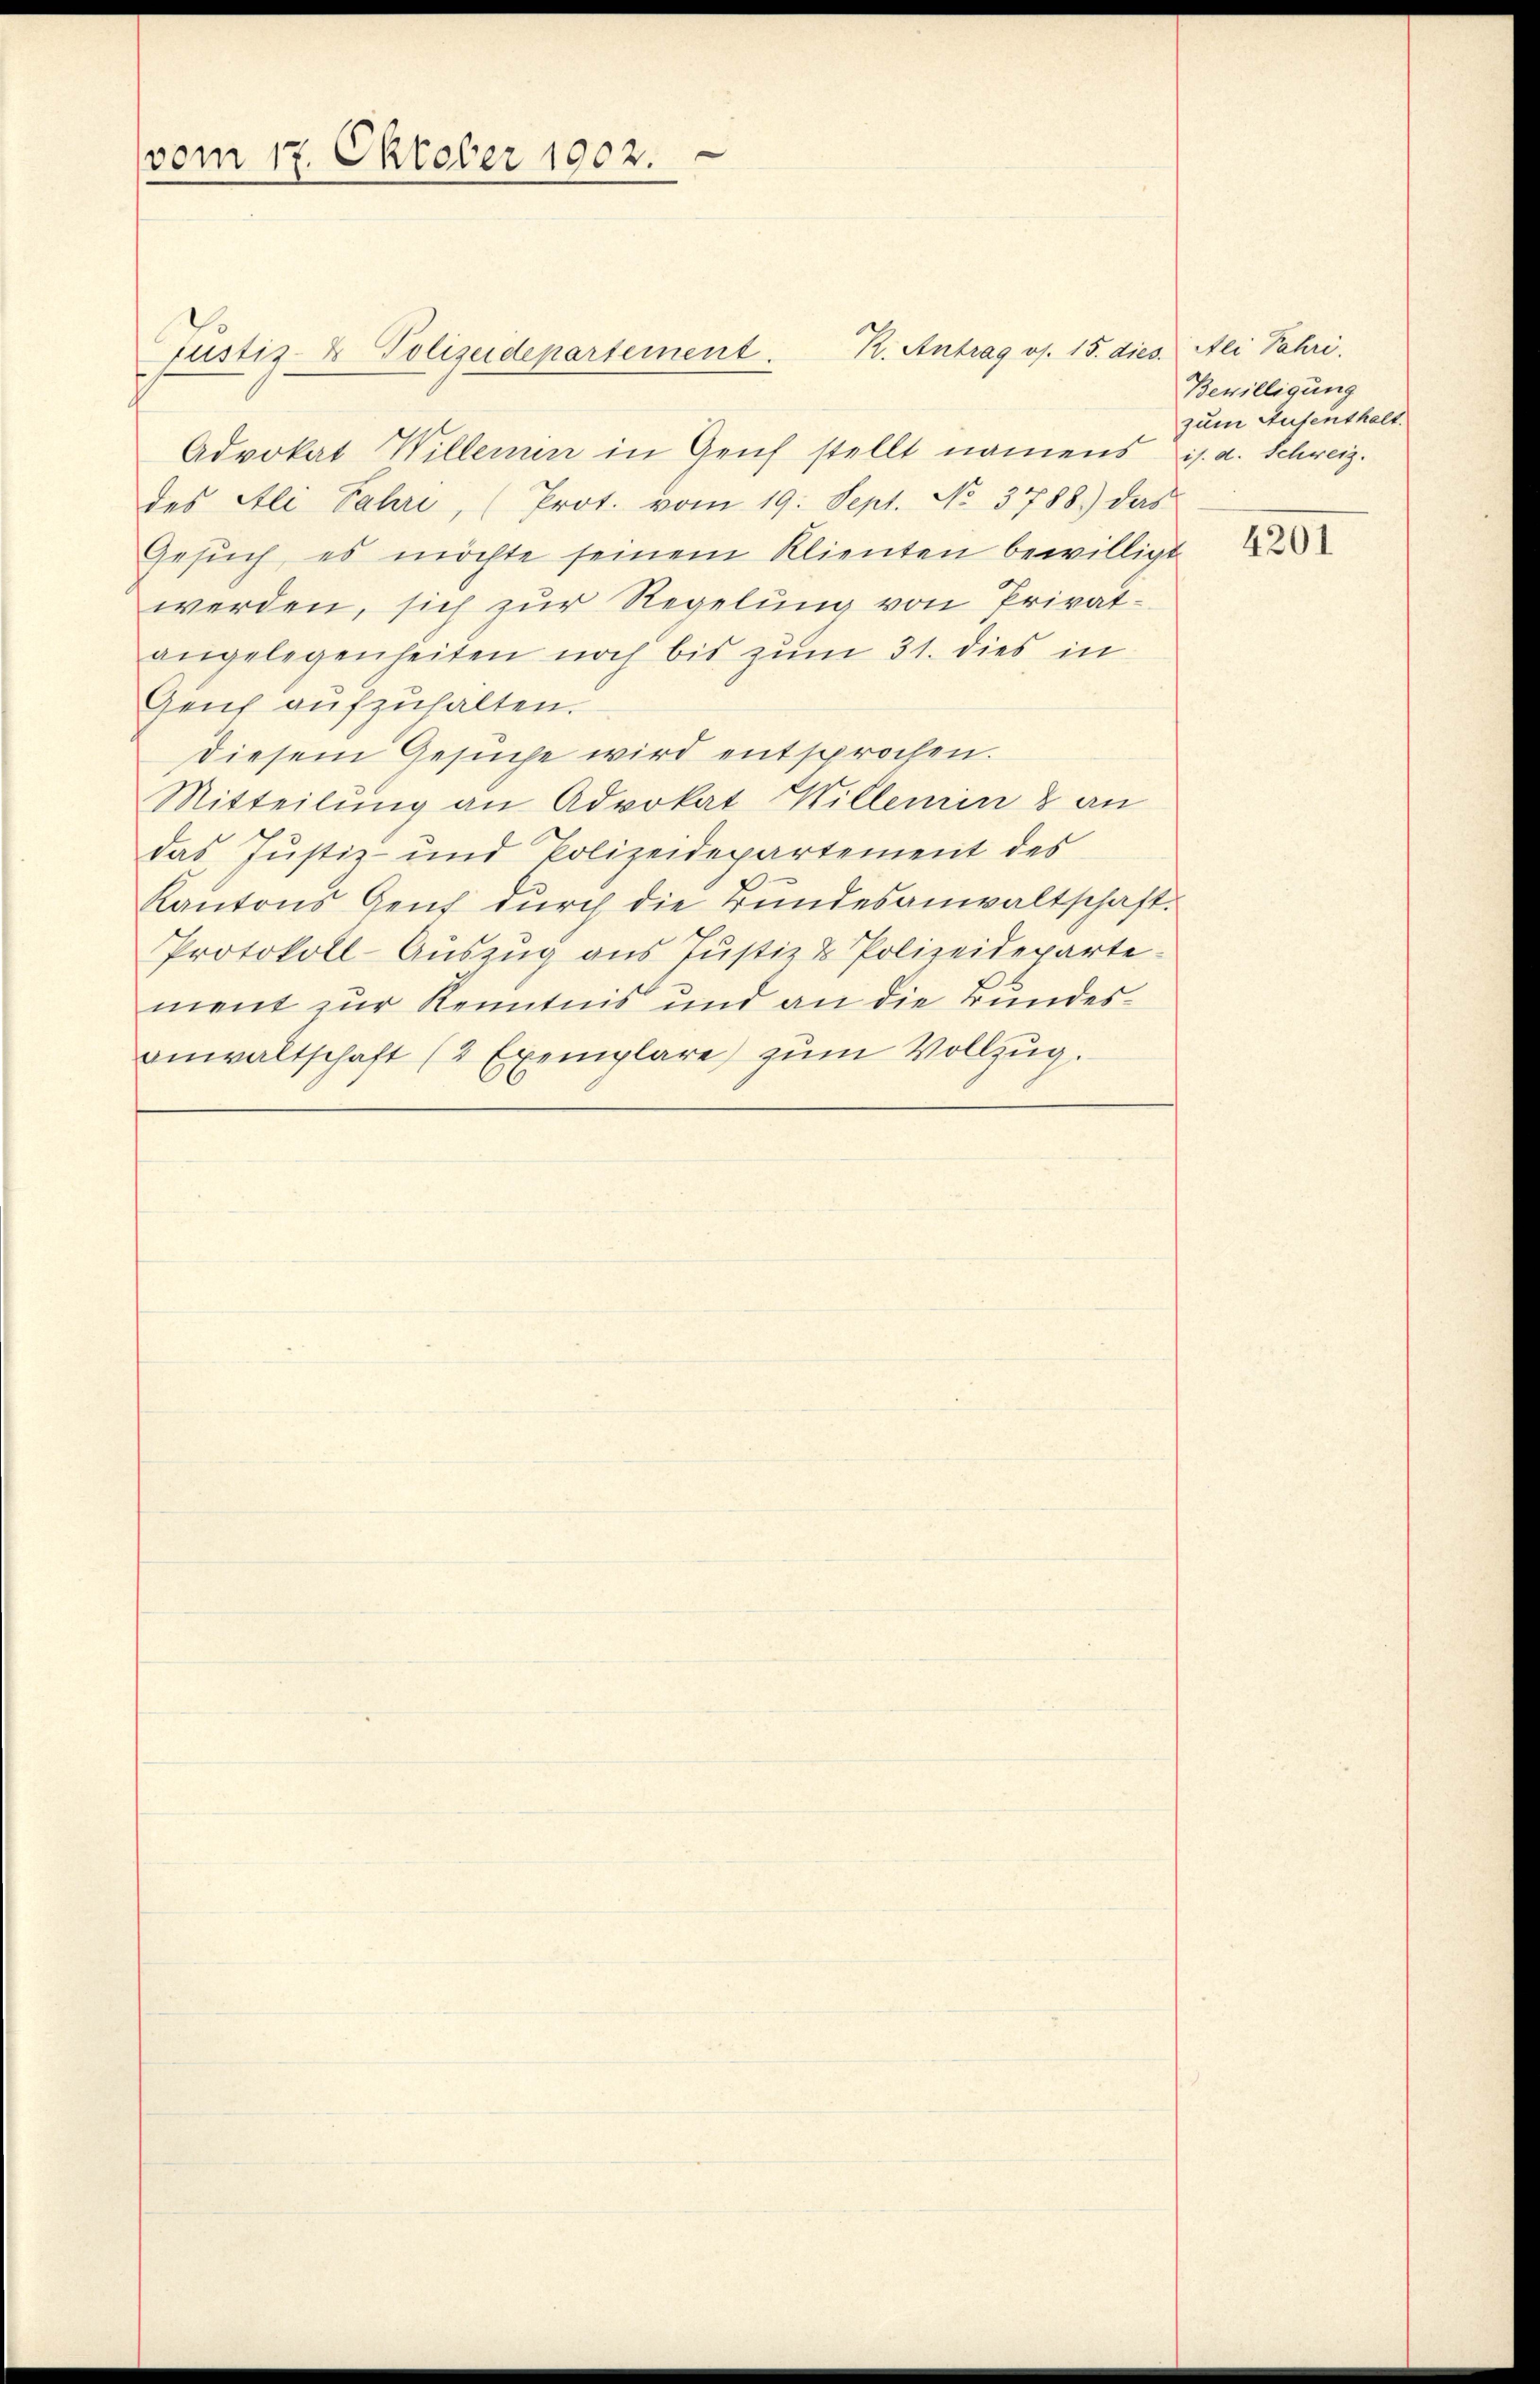
vom 17. Oktober 1902.

Advokat Willerin in Genf stellt namens s. d. Schweiz.
des Ali Fahri, (Prot. vom 19. Sept. No. 3788.) das
Gesŭch, es möchte seinem Klienten bewilligt
werden, sich zur Regelung von Privatangelegenheiten noch bis zum 31. dies in
Zeich aufzuhalten.
diesem Gesuche wird entsprochen.
Mitteilung an Advokat Willenin & an
das Justiz- und Polizeidepartement des
Kantons Genf durch die Bundesanwaltschaft.
Protokoll-Auszug aus Justiz & Polizeidepartement zur Kenntnis und an die Bundesanwaltschaft (2 Exemplare zum Vollzug.

Justiz- & Polizeidepartement.

R. Antrag os. 15. dies. Ali Fahri

Bewilligung
zum Aufenthalt.

4201